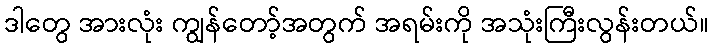
ဒါတွေ အားလုံး ကျွန်တော့်အတွက် အရမ်းကို အသုံးကြီးလွန်းတယ်။